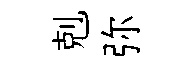
剋弥